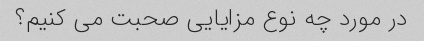
در مورد چه نوع مزایایی صحبت می کنیم؟